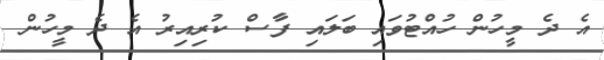
އެ ދެ މީހުން ހުއްޓުވައި ބަލައި ފާސް ކުރިއިރު އެ ދެ މީހުން